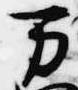
万